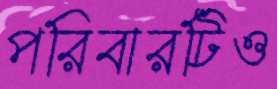
পরিবারটিও